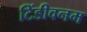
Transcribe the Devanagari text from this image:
टिंडीवनम